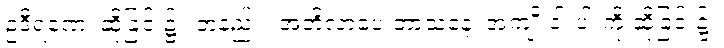
ဥဒီရဏေ၊ ဆိုခြင်း၌။ တနည်း။ အဘိလာပေ ဘာသနေ၊ အကျိုးငါးပါးကို ဆိုခြင်း၌။